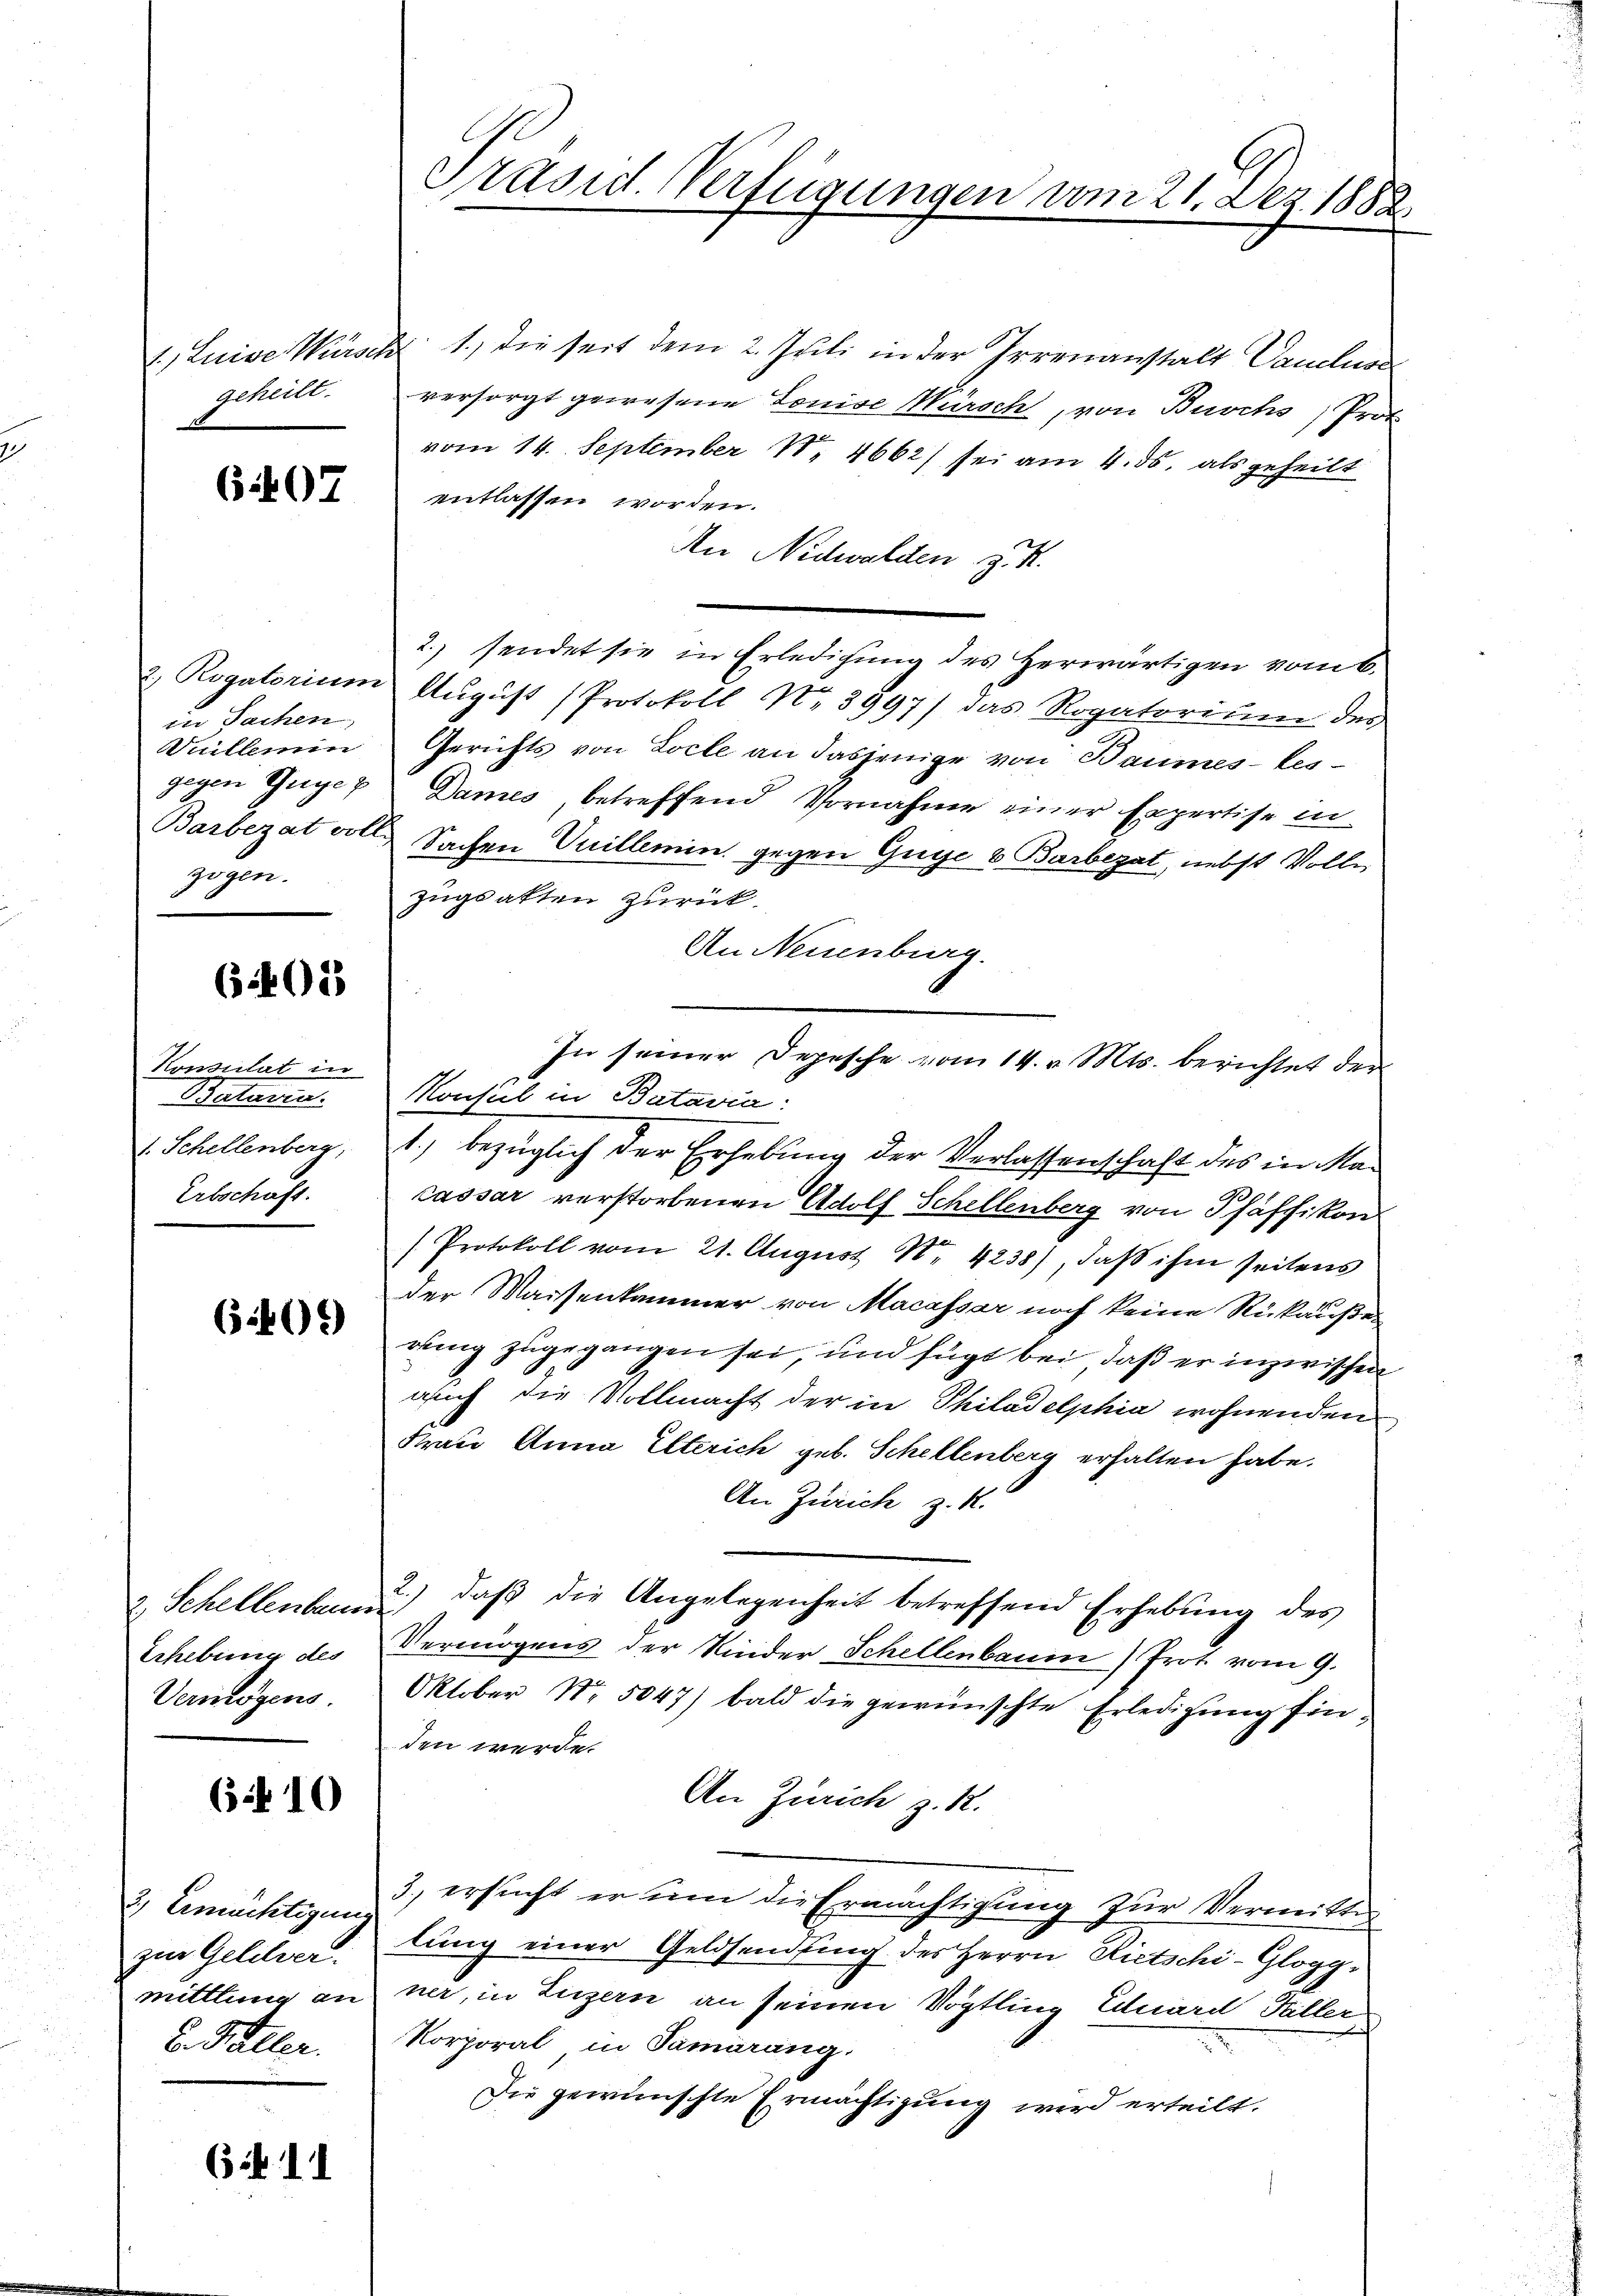
geheilt.

6407

in Sachen,
Vuilleme
Barbezat voll
zogen.

6.405)

Konsulat in
Baturen.
1. Schellenberg,
Erbschaft.

6.406)

2 Schellenbauun
Erhebung des
Vermögens.

(i 10

2 Eimächtigung
zur Geldver
E. Hüller.

if. 11

Präsid. Verfügungen vom 21. Dez. 1882

1, Luise Warsch 1., die seit dem 2. Juli in der Irrenanstalt Vanclus
versorgt gewesene Louise Mürsch, von Buchs Prot
vom 14. September N. 4662) sei am 4. ds. als geheilt
entlassen worden.
An Nidwalden z. R.
2) sendet sie in Erledigung des Herwärtigen vom 6.
2 Rogatorium August (Protokoll No 3997/ das Rogatorium des
Gerichts von Locle an dasjenige von Baumes-les-
gegen Guyer Dames, betreffend Vornahme einer Expertise in
Sachen Vuillemin gegen Guge & Barbezat, nebst Volle,
zugsakten zurück.
An Neuenburg.
Konsul in Batavia:
1., bezüglich der Erhebung der Verlassenschaft des in Macassar verstorbenen Adolf Schellenberg von Pfäffikon
d
(Protokoll vom 21. August N. 4238), daß ihm seitens
der Waisenkammer von Macassar noch keine Rückäußer
rung zugegangen sei, und fügt bei, daß er inzwischen
auch die Vollmacht der in Philadelphia wohnenden
Frau Anna Elterich geb. Schellenberg erhalten habe.
An Zürich z. K.
2.) daβ die Angelegenheit betreffend Erhebŭng des
Vermögens der Kinder Schellenbaum) Prot vom 9.
Oktober Nr. 5047) bald die gewünschte Erledigung finden werde.
An Zürich z. R.
3., ersucht er ŭm die Ermächtigung zur Vermitte
lung einer Geldsendsing des Herrn Rietschi-Gloggmittlung an her, in Luzern an seinen Vögtling Eduard Faller
Korporal in Samarang.
Die gewünschte Ermächtigung wird erteilt.

In seiner Depesche vom 14. v. Mts. berichtet der